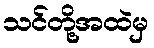
သင်တို့အထဲမှ